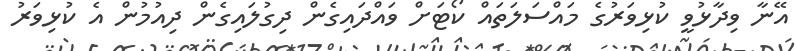
އޭނާ ވިދާޅުވީ ކުޅިވަރުގެ މައްސަލަތައް ކޯޓަށް ވައްދައިގެން ދިގުލައިގެން ދިއުމުން އެ ކުޅިވަރު